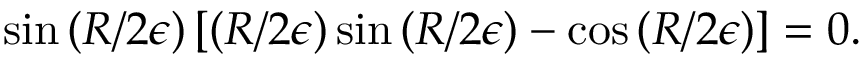
\sin \left( R / 2 \epsilon \right) \left[ \left( R / 2 \epsilon \right) \sin \left( R / 2 \epsilon \right) - \cos \left( R / 2 \epsilon \right) \right] = 0 .